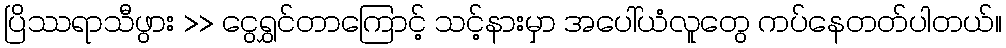
ပြိဿရာသီဖွား >> ငွေရွှင်တာကြောင့် သင့်နားမှာ အပေါ်ယံလူတွေ ကပ်နေတတ်ပါတယ်။